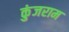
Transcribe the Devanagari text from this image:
कुंजराम